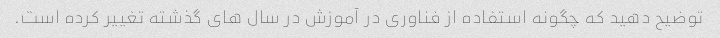
توضیح دهید که چگونه استفاده از فناوری در آموزش در سال های گذشته تغییر کرده است.